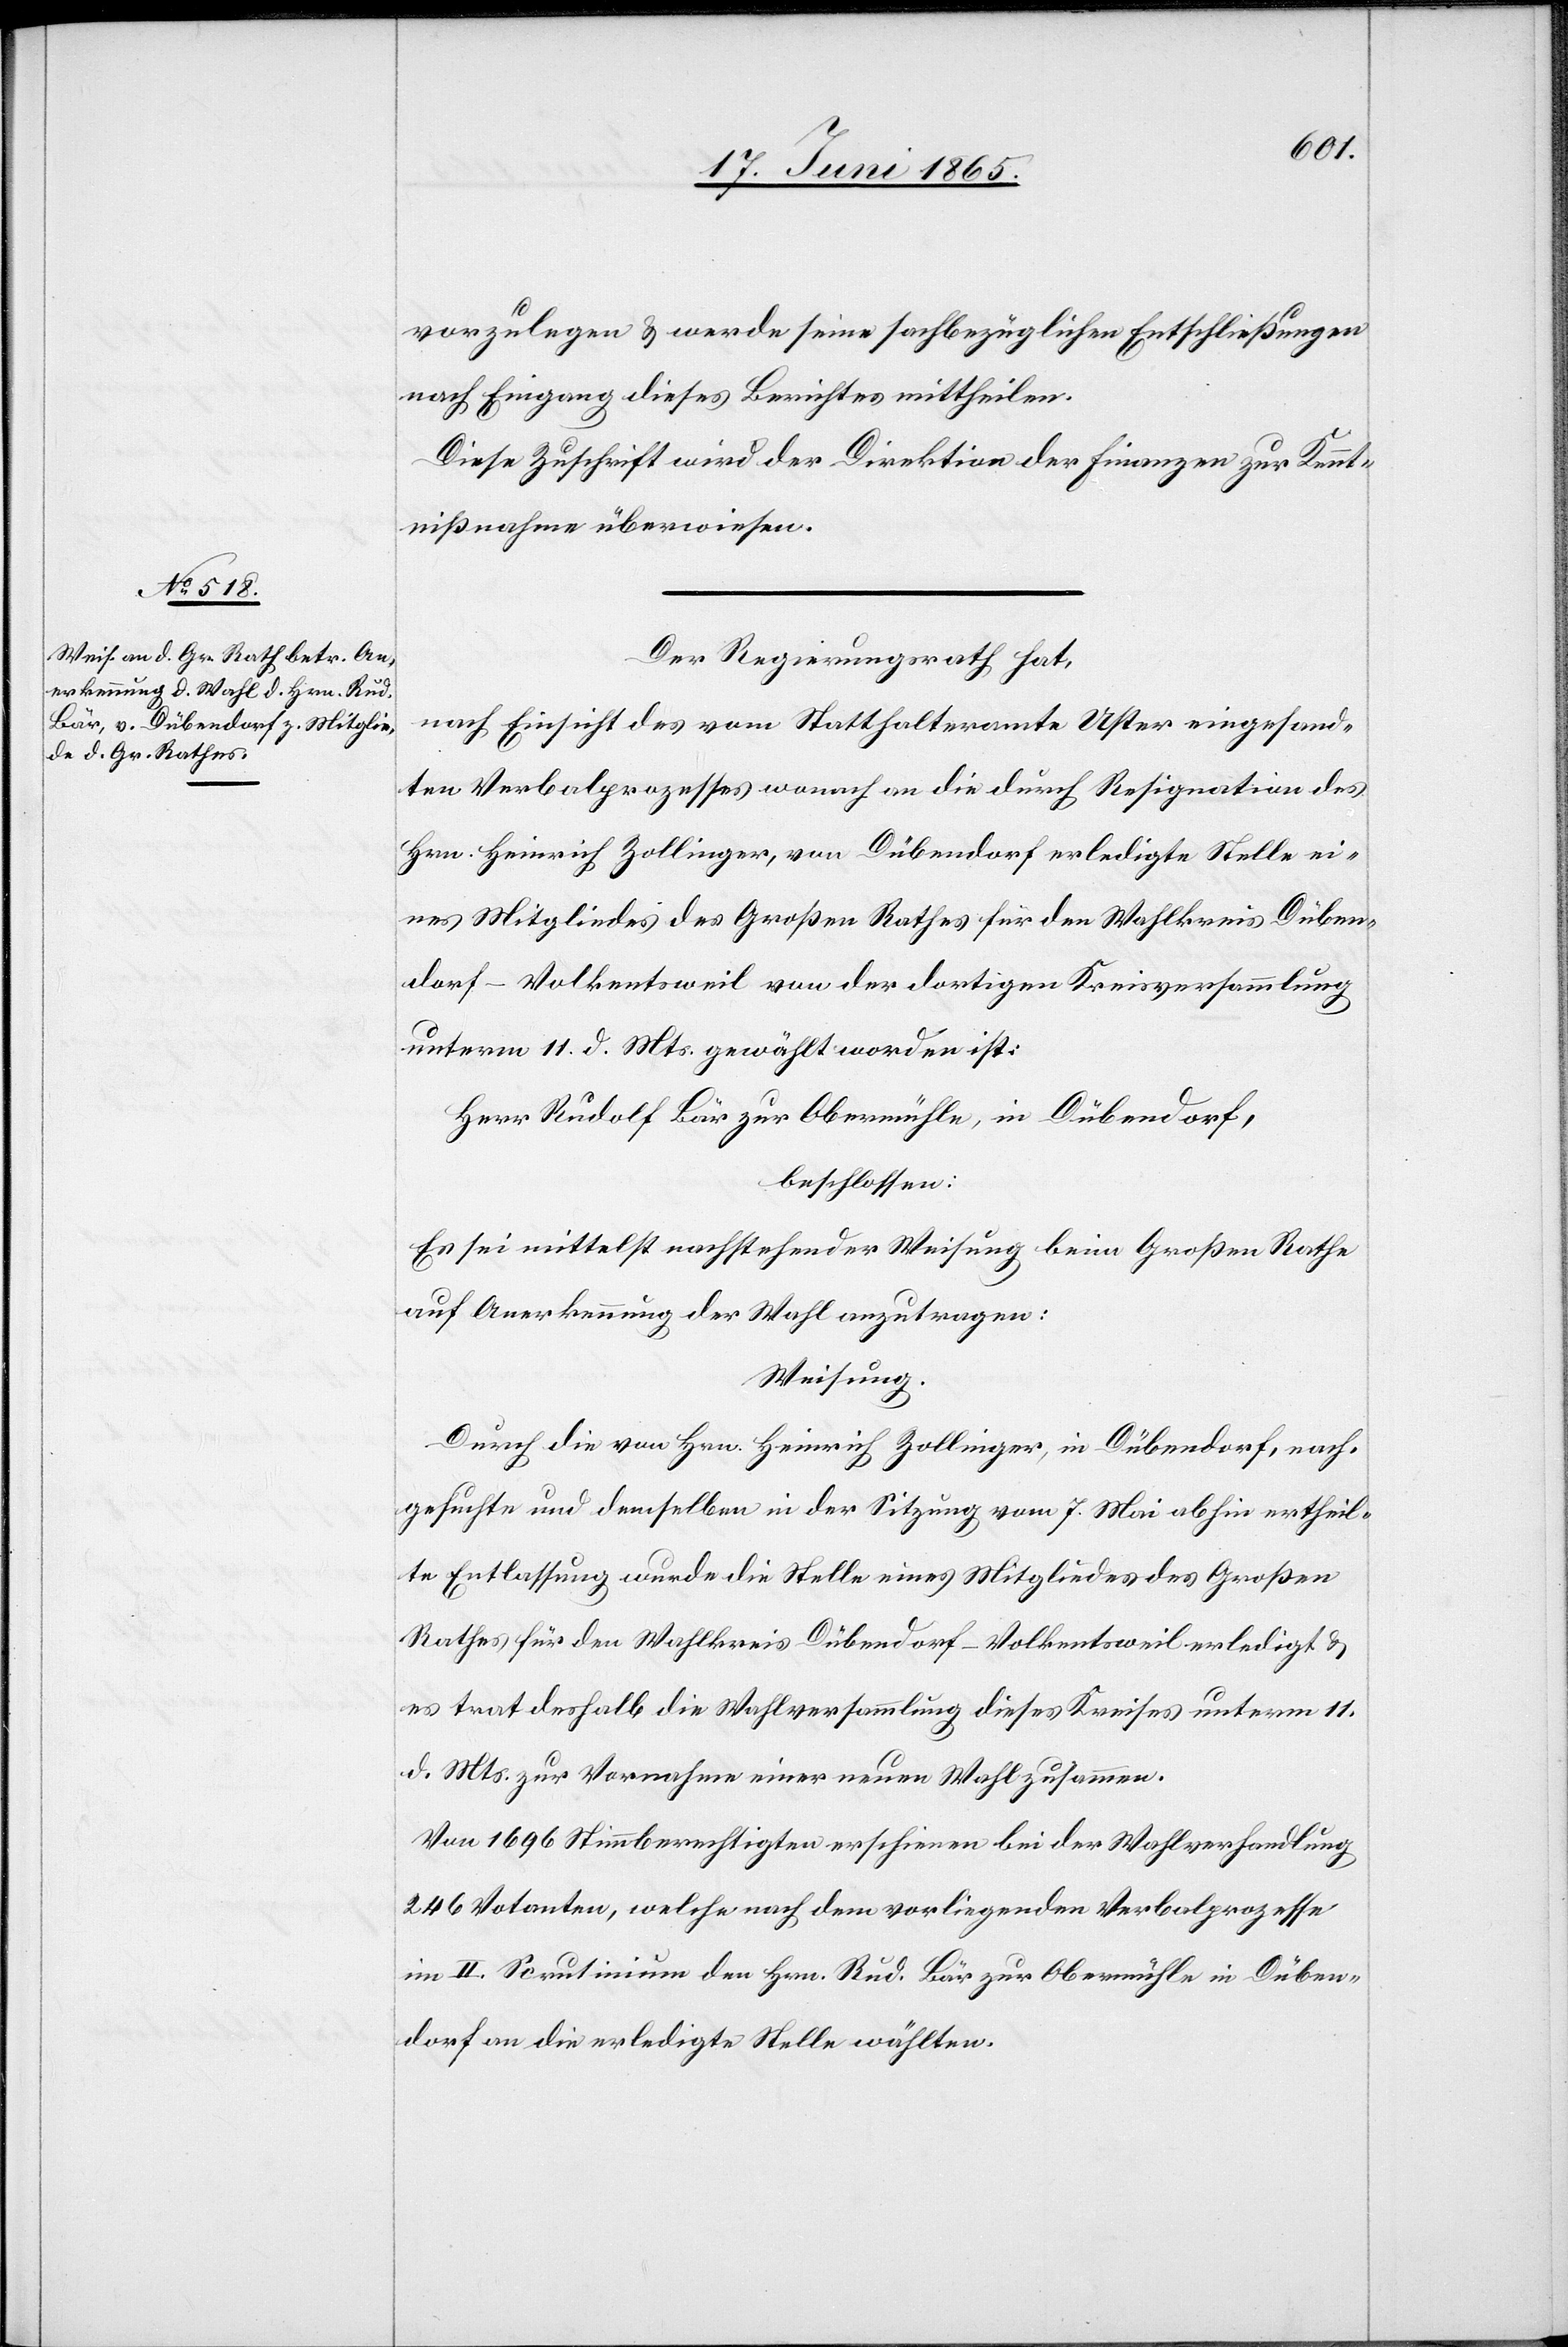
vorzulegen & werde seine sachbezüglichen Entschließungen
nach Eingang dieses Berichtes mittheilen.
Diese Zuschrift wird der Direktion der Finanzen zur Kennt¬
nißnahme überwiesen.
Der Regierungsrath hat,
nach Einsicht des vom Statthalteramte Uster eingesand¬
ten Verbalprozesses wonach an die durch Resignation des
Hrn. Heinrich Zollinger, von Dübendorf erledigte Stelle ei¬
nes Mitgliedes des Großen Rathes für den Wahlkreis Düben¬
dorf-Volkentsweil von der dortigen Kreisversammlung
unterm 11. d. Mts. gewählt worden ist
Herr Rudolf Bär zur Obermühle, in Dübendorf,
beschlossen:
Es sei mittelst nachstehender Weisung beim Großen Rathe
auf Anerkennung der Wahl anzutragen:
Weisung.
Durch die von Hrn. Heinrich Zollinger, in Dübendorf, nach¬
gesuchte und demselben in der Sitzung vom 7. Mai abhin ertheil¬
te Entlassung wurde die Stelle eines Mitgliedes des Großen
Rathes für den Wahlkreis Dübendorf-Volkentsweil erledigt &
es trat deshalb die Wahlversammlung dieses Kreises unterm 11.
d. Mts. zur Vornahme einer neuen Wahl zusammen.
Von 1696 Stimmberechtigten erschienen bei der Wahlverhandlung
246 Votanten, welche nach dem vorliegenden Verbalprozesse
im II. Scrutinium den Hrn. Rud. Bär zur Obermühle in Düben¬
dorf an die erledigte Stelle wählten.